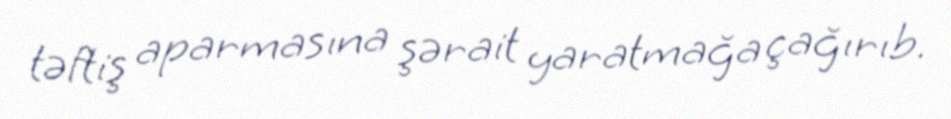
təftiş aparmasına şərait yaratmağa çağırıb.